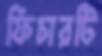
ফিচারটি